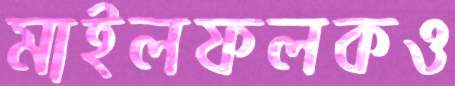
মাইলফলকও